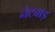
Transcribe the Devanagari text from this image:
नेटवाड़